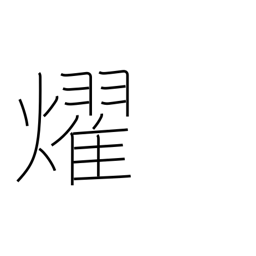
Meaning: shine